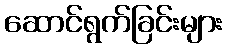
ဆောင်ရွက်ခြင်းများ